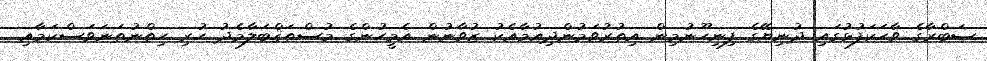
ޞަބްރާގެ ވާހަކަފުޅުގައި ދުނިޔޭގެ ފިނިހޫނުމިން އިތުރުވަމުންދިއުމާއެކު ޒުވާނުން އެމީހުންގެ މުސްތަޤްބަލާމެދު ހުރި ހިތްނުތަނަވަސްކަމާއި